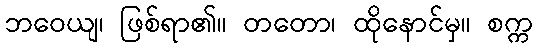
ဘဝေယျ၊ ဖြစ်ရာ၏။ တတော၊ ထိုနောင်မှ။ စက္က